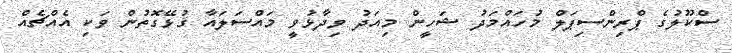
ސްކޫލުގެ ޕްރިންސިޕަލް މުހައްމަދު ޝަހީން މިއަދު ވިދާޅުވީ މައްސަލައާ ގުޅޭގޮތުން ވަކި އެއްޗެއް